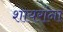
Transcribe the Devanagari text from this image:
शायरांना